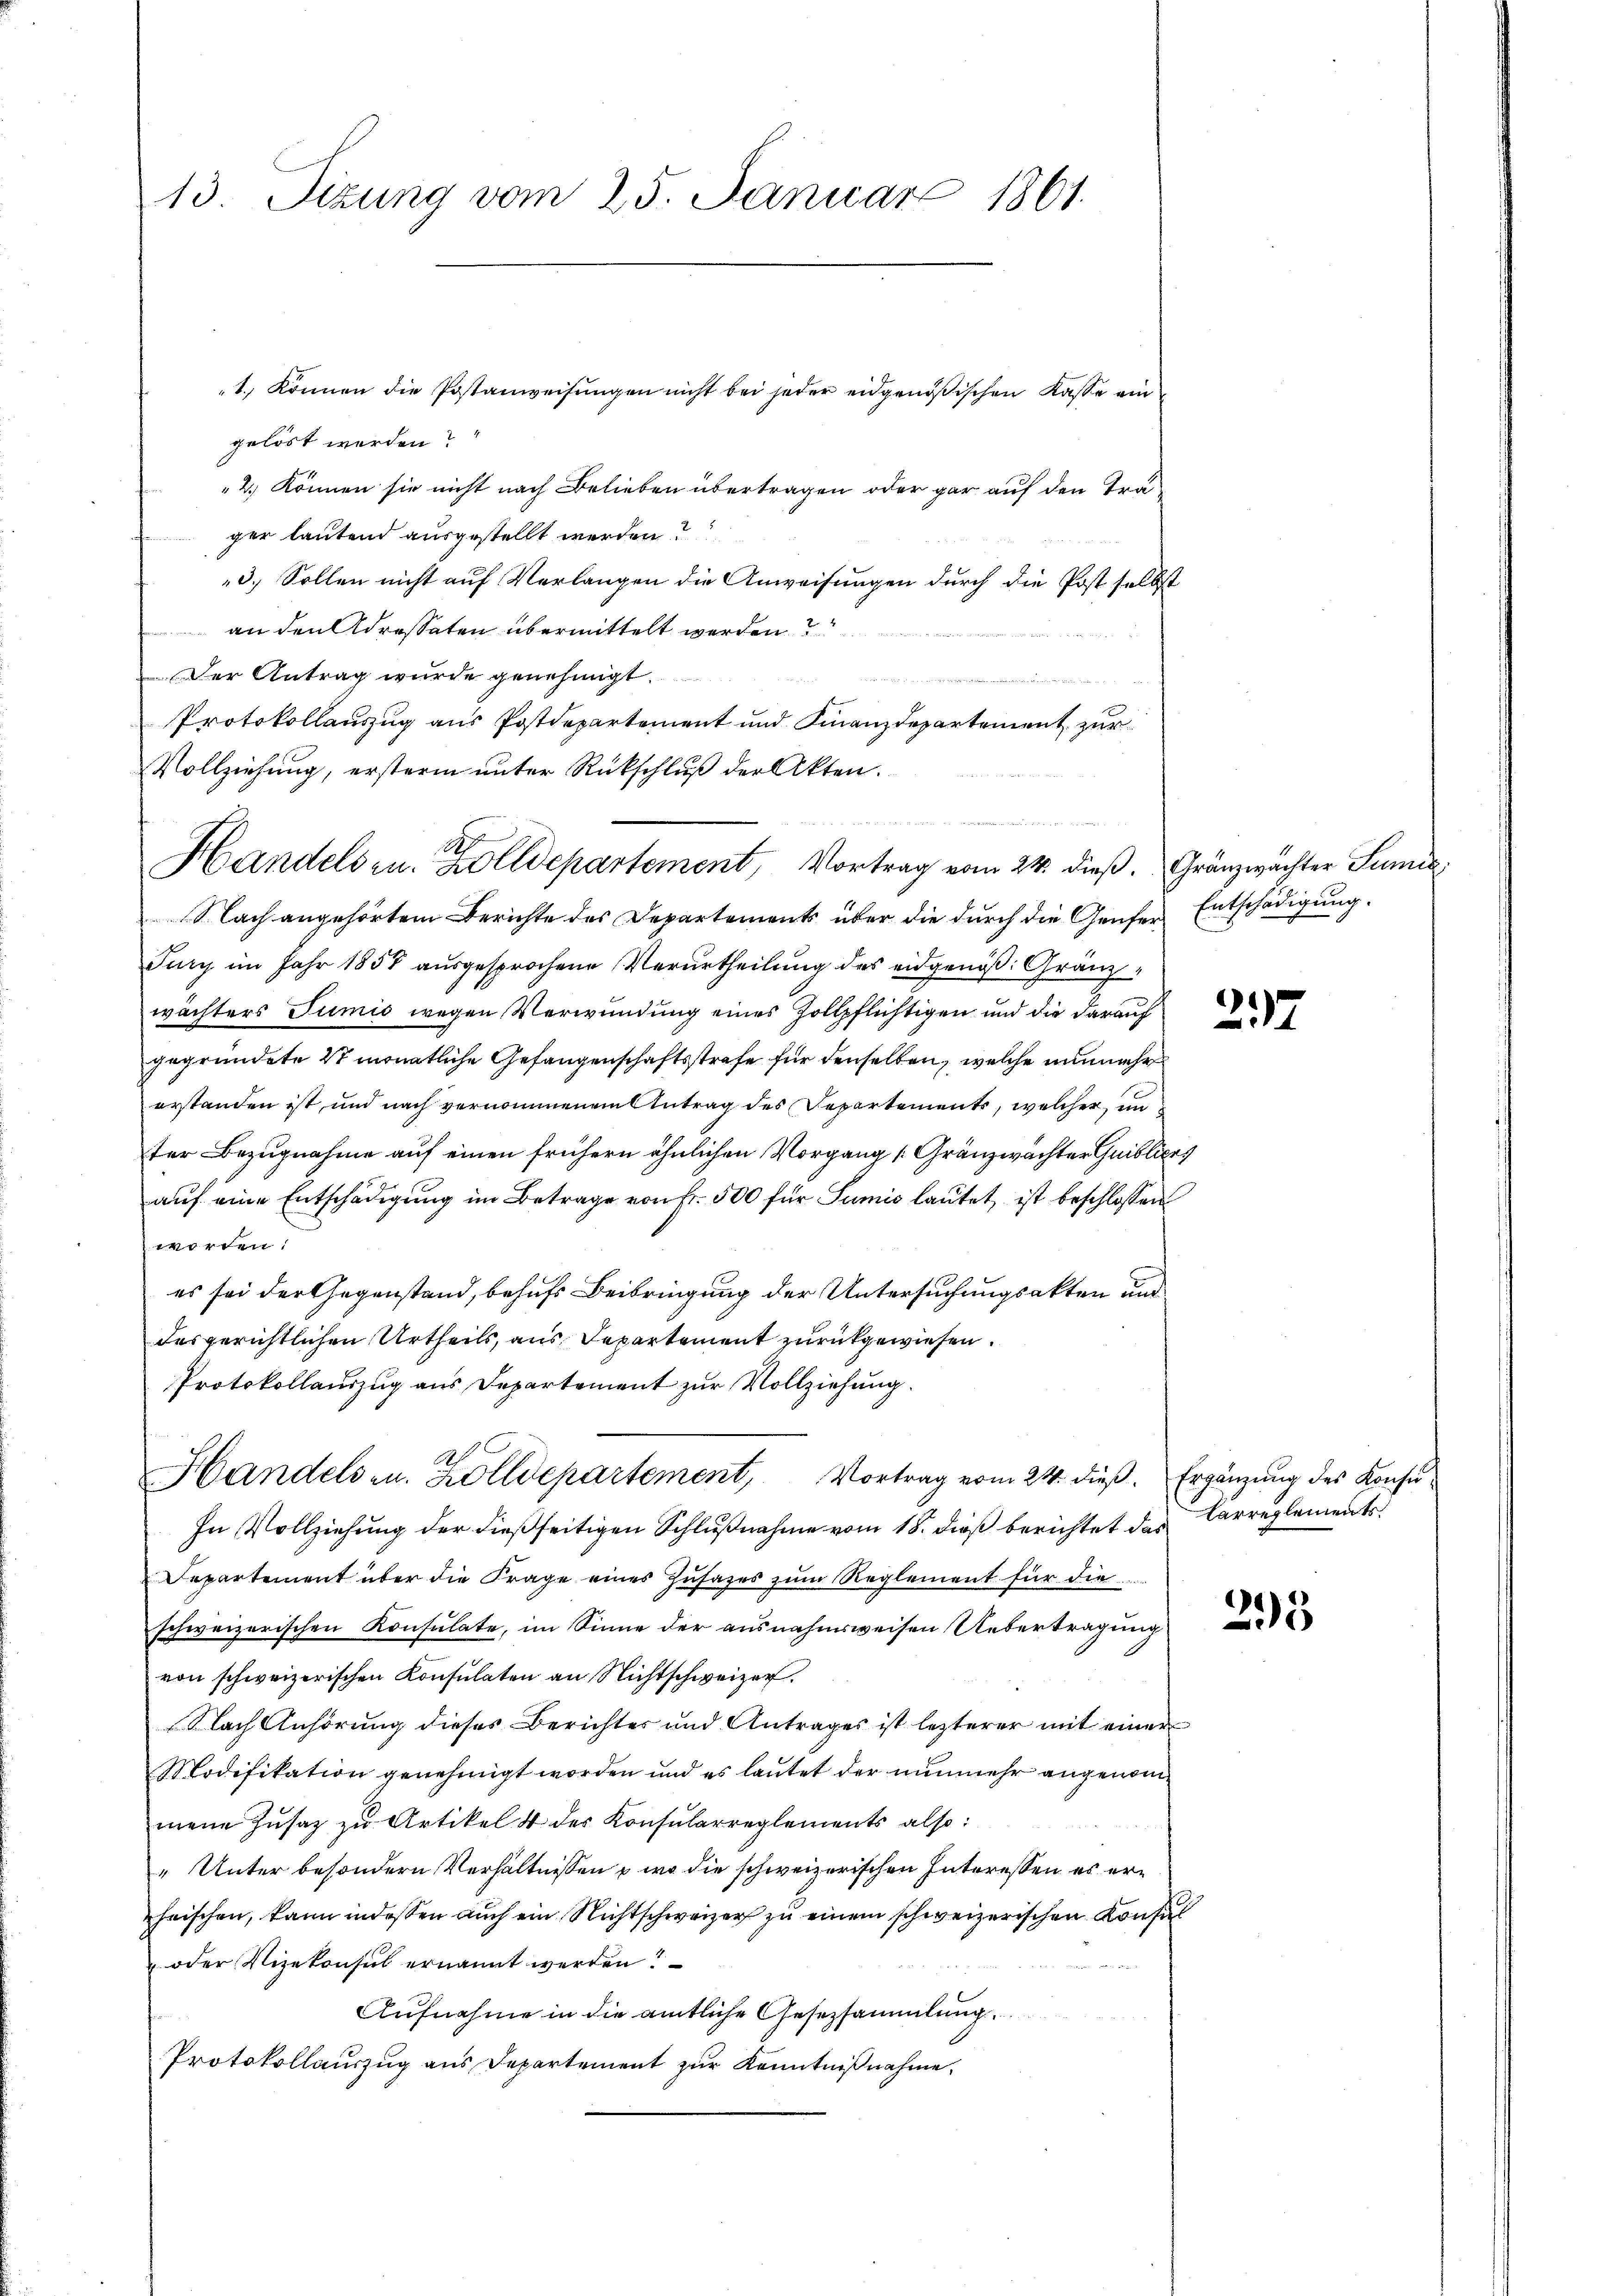
13. Sizung vom 25. Januar 1861.

gelöst werden?
2., können sie nicht nach Belieben übertragen oder gar auf den Träger lautend ausgestellt werden?
3.) Sollen nicht auf Verlangen die Anweisungen durch die Post selbst
an den Adressaten übermittelt werden?
Der Antrag wurde genehmigt.
Protokollauszug aus Postdepartement und Finanzdepartement zur
Vollziehung, ersterm unter Rückschluß der Akten.
Nach angehörtem Berichte des Departements über die durch die Genfer Entschädigung.
Jury im Jahr 1857 ausgesprochene Verurtheilung des eidgenöß: Gränzwächters Tumis wegen Verwundung eines Zollpflichtigen und die darauf
gegründete 2 monatliche Gefangenschaftsstrafe für denselben, welche unmehr
erstanden ist, und nach vernommenem Antrag des Departements, welcher un
ter Bezugnahme auf einen frühern ähnlichen Vorgang [Gränzwächter Guiblices
auf eine Entschädigung im Betrage von Fr. 500 für Sumis lautet, ist beschlossen
worden:
es sei der Gegenstand, behufs Beibringung der Untersuchungsakten und
desgerichtlichen Urtheils, aus Departement zurückgewiesen.
Protokollauszug aus Departement zur Vollziehung.

1., können die Postanweisungen nicht bei jeder eidgenößischen Kasse ein

.
S
Handels zu. Zolldepartement, Vortrag vom 24. dieß. Gränzwächter Sumi

Handels u. Zolldepartement, Vortrag vom 24. dieß. Ergänzung des Konsu¬

In Vollziehung der dießseitigen Schlußnahme vom 18. dieß berichtet das Carreglements
Departement über die Frage eines Zusages zum Reglement für die
schweizerischen Konsulate, im Sinne der ausnahmsweisen Uebertragung
von schweizerischen Konsulaten an Nichtschweizer.
Nach Anhörung dieses Berichter und Antrages ist lezterer mit einer
Modifikation genehmigt worden und es lautet der nunmehr angenommene Zŭsaz zu Artikel 4 der Konsularreglements also:
„Unter besondern Verhältnissen wo die schweizerischen Interessen es erheischen, kann indessen auch ein Nichtschweizer zu einem schweizerischen Konsul
 oder Vizekonsul ernannt werden?
Aufnahme in die amtliche Gesetzsammlung.
Protokollauszug aus Departement zur Kenntnißnahme.

27

293